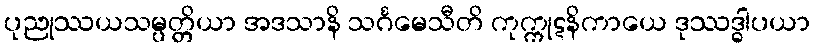
ပုညုဿယသမ္ပတ္တိယာ အဒသာနိ သင်္ဂမေသီတိ ကုက္ကုဋနိကာယေ ဒုဿဒ္ဓါပယာ